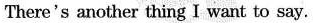
There's another thing I want to say.